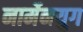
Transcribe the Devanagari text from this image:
नार्मेनयुग